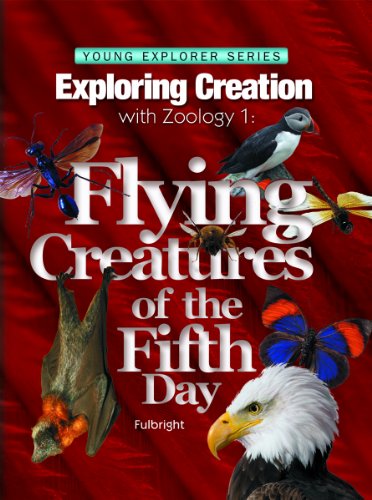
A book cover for Exploring Creation with Zoology 1: Flying Creatures of the Fifth Day -- Young Explorers Series (Apologia Science Young Explorers); Jeannie Fulbright; Children's Books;